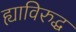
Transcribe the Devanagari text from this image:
ह्याविरुद्ध